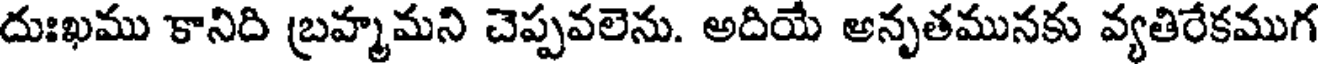
దుఃఖము కానిది బ్రహ్మమని చెప్పవలెను. అదియే అనృతమునకు వ్యతిరేకముగ